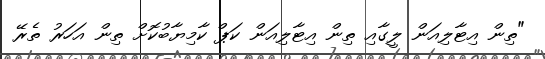
"ތިން އިޓާލިއަން ލީގާއި ތިން އިޓާލިއަން ކަޕް ކާމިޔާބުކޮށް ތިން އަހަރު ތެރޭ